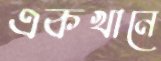
একখানে